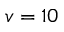
v = 1 0